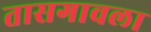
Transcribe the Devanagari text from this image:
तासगावला